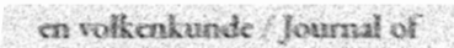
en volkenkunde / Journal of